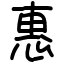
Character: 惠